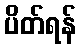
ပိတ်ရန်